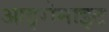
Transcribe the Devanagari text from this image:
आइरोनाइट